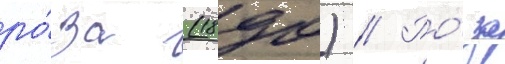
ро́за (1890) // Ро́за